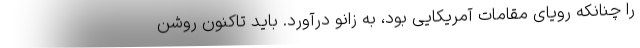
را چنانکه رویای مقامات آمریکایی بود، به زانو درآورد. باید تاکنون روشن